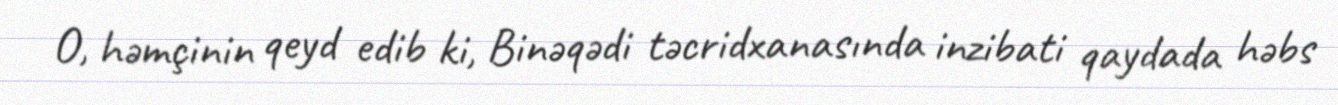
O, həmçinin qeyd edib ki, Binəqədi təcridxanasında inzibati qaydada həbs